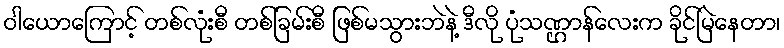
ဝါယောကြောင့် တစ်လုံးစီ တစ်ခြမ်းစီ ဖြစ်မသွားဘဲနဲ့ ဒီလို ပုံသဏ္ဌာန်လေးက ခိုင်မြဲနေတာ၊